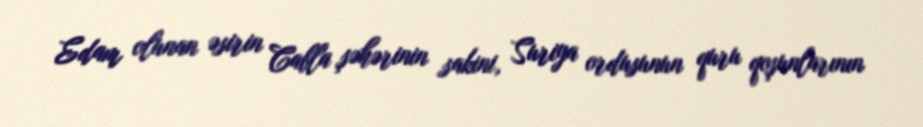
Edam olunan əsirin Cabla şəhərinin sakini, Suriya ordusunun quru qoşunlarının